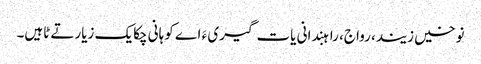
نوخیں زیند، رواج، راہبندانی یات گیری ءَ اے کوہانی چکایک زیارتے ٹاہیں۔